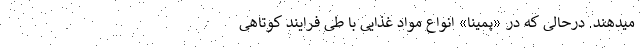
میدهند. درحالی که در «پمینا» انواع مواد غذایی با طی فرایند کوتاهی